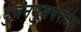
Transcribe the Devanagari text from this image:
दुर्जनमुखचपेटिका